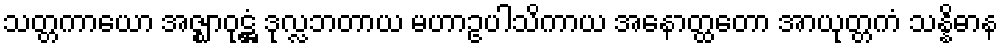
သတ္တကာယော အဇ္ဈာဝုဋ္ဌံ ဒုလ္လဘတာယ မဟာဥပါသိကာယ အနောတ္ထတော အာယုတ္တကံ သန္နိဓာန